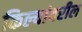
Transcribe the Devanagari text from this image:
किल्यांवरील